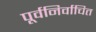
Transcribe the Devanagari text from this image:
पूर्वनिर्वाचित